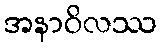
အနာဝိလဿ